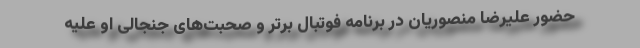
حضور علیرضا منصوریان در برنامه فوتبال برتر و صحبت‌های جنجالی او علیه